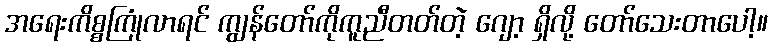
အရေးကိစ္စကြုံလာရင် ကျွန်တော်ကိုကူညီတတ်တဲ့ ဂျော့ ရှိလို့ တော်သေးတာပေါ့။